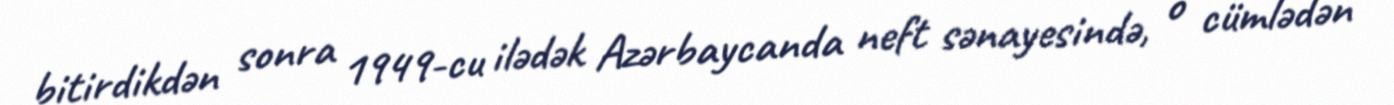
bitirdikdən sonra 1949-cu ilədək Azərbaycanda neft sənayesində, o cümlədən